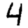
Digit: 4